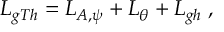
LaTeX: { \cal L } _ { g T h } = { \cal L } _ { A , \psi } + { \cal L } _ { \theta } + { \cal L } _ { g h } \; ,